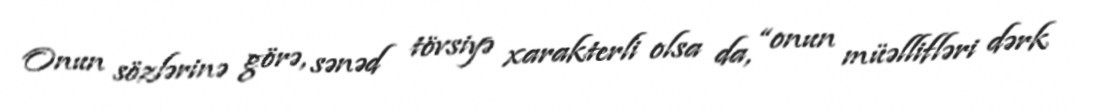
Onun sözlərinə görə, sənəd tövsiyə xarakterli olsa da, “onun müəllifləri dərk